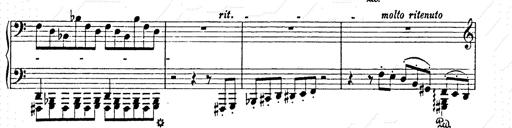
Title: AnnÃ©es de pÃ¨lerinage II
Composer: Franz Liszt